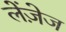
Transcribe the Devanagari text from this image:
लेंज़ेज